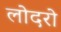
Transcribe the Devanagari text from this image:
लोदरो